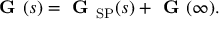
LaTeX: { \textbf { G } } ( s ) = { \textbf { G } } _ { \mathrm { S P } } ( s ) + { \textbf { G } } ( \infty ) .